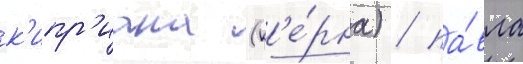
к'ипр'иана (к'е́рна) / па́вла